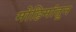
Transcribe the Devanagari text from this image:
मोहिमांतून